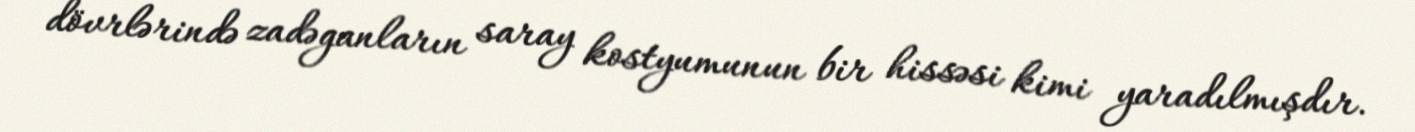
dövrlərində zadəganların saray kostyumunun bir hissəsi kimi yaradılmışdır.